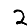
Digit: 2